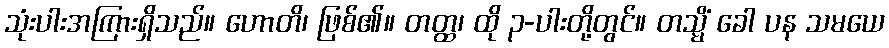
သုံးပါးအကြားရှိသည်။ ဟောတိ၊ ဖြစ်၏။ တတ္ထ၊ ထို ၃-ပါးတို့တွင်။ တသ္မိံ ခေါ ပန သမယေ